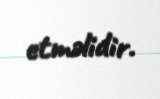
etməlidir.